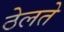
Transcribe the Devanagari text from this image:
ठेलते